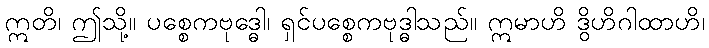
ဣတိ၊ ဤသို့။ ပစ္စေကဗုဒ္ဓေါ၊ ရှင်ပစ္စေကဗုဒ္ဓါသည်။ ဣမာဟိ ဒွိဟိဂါထာဟိ၊